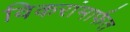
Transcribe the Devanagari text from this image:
विकरांमार्फत